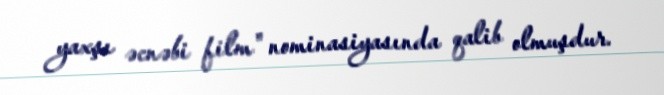
yaxşı əcnəbi film" nominasiyasında qalib olmuşdur.